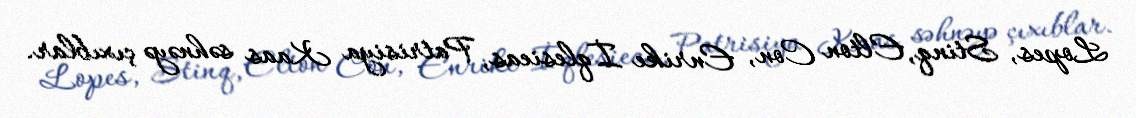
Lopes, Stinq, Elton Con, Enrike İqlesieas, Patrisiya Kaas səhnəyə çıxıblar.